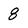
Character: 8